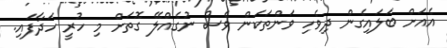
އެއަށް ބަލައިގެން ދިވެހި ވަންތަކަން ވެސް ނުގެއްލޭ ގޮތަށް މި ހުރީ ހަދާފައި.